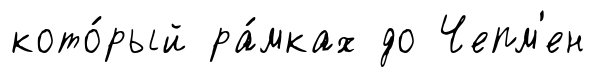
кото́рый ра́мках до Чепм'ен